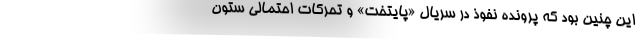
این چنین بود که پرونده نفوذ در سریال «پایتخت» و تحرکات احتمالی ستون